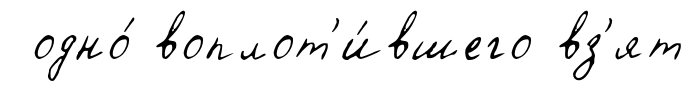
одно́ воплот'и́вшего вз'ят